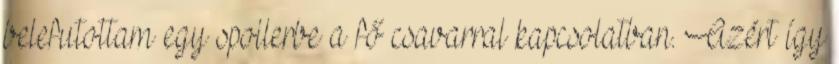
belefutottam egy spoilerbe a fő csavarral kapcsolatban. Azért így